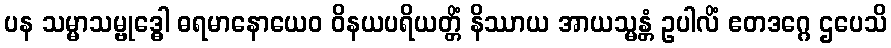
ပန သမ္မာသမ္ဗုဒ္ဓေါ ဓရမာနောယေဝ ဝိနယပရိယတ္တိံ နိဿာယ အာယသ္မန္တံ ဥပါလိံ ဧတဒဂ္ဂေ ဌပေသိ